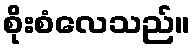
စိုးစံလေသည်။